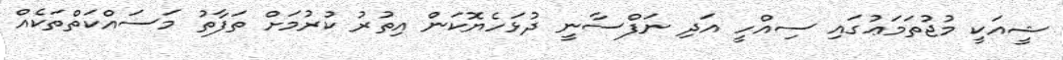
ޝީއަކީ މުޖުތަމަޢުގައި ސިއްހީ އަދި ނަފްސާނީ ދުޅަހެޔޮކަން އިތުރު ކުރުމަށް ތަފާތު މަސައްކަތްތަކެއް